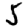
Digit: 5